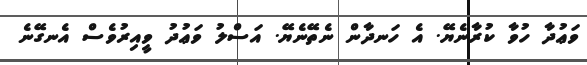
ވަޢުދާ ހުވާ ކުރާނެޔޭ. އެ ހަނދާން ނެތޭނެޔޭ. އަސްލު ވަޢުދު ވީއިރުވެސް އެނގޭނެ